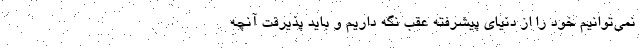
نمی‌توانیم خود را از دنیای پیشرفته عقب نگه داریم و باید پذیرفت آنچه